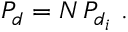
P _ { d } = N \, P _ { d _ { i } } ~ .